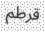
قرطم